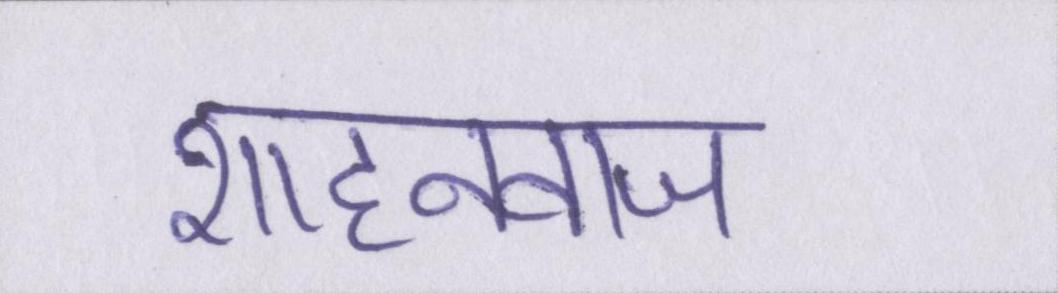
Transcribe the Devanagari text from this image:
शाहनवाज